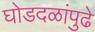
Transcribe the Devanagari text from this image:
घोडदळांपुढे